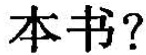
本书?